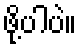
ဖို့ပါပဲ။